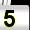
Digit: 5